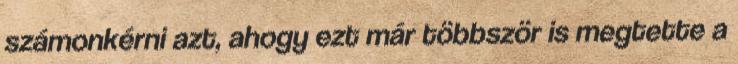
számonkérni azt, ahogy ezt már többször is megtette a